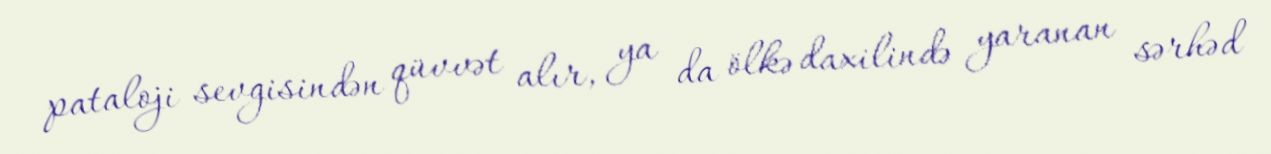
pataloji sevgisindən qüvvət alır, ya da ölkə daxilində yaranan sərhəd